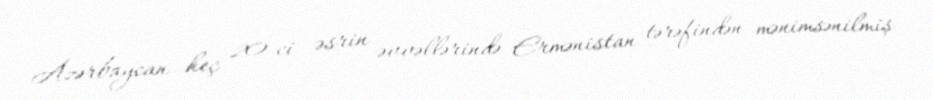
Azərbaycan heç 20-ci əsrin əvvəllərində Ermənistan tərəfindən mənimsənilmiş